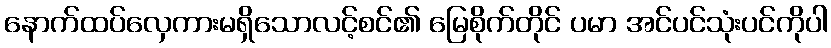
နောက်ထပ်လှေကားမရှိသောလင့်စင်၏ မြေစိုက်တိုင် ပမာ အင်ပင်သုံးပင်ကိုပါ